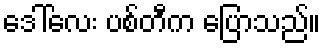
ဒေါ်လေး ပစ်တီက ပြောသည်။